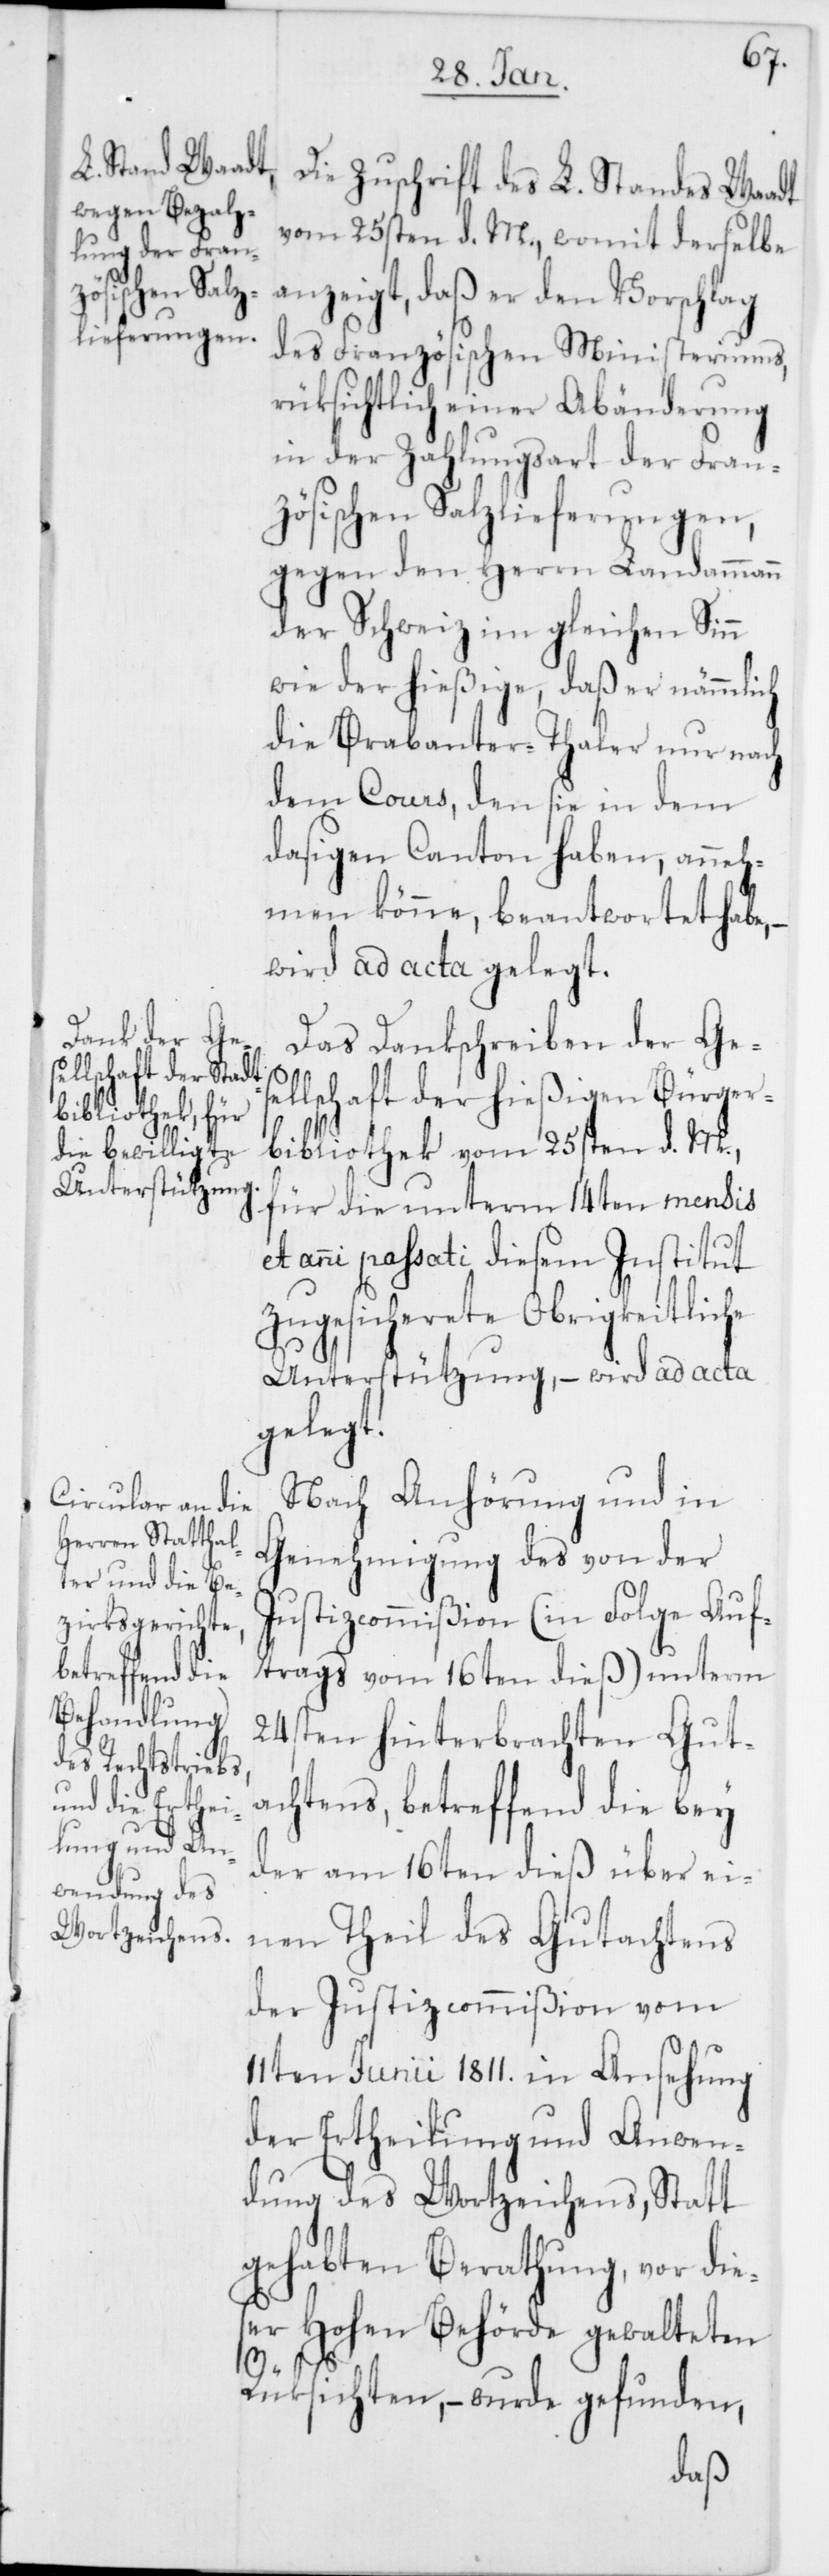
Die Zuschrift des L. Standes Waadt
vom 25sten d. M., womit derselbe
anzeigt, daß er den Vorschlag
des Französischen Ministeriums,
rüksichtlich einer Abänderung
in der Zahlungsart der Fran¬
zösischen Salzlieferungen,
gegen den Herrn Landammann
der Schweiz im gleichen Sinn
wie der hießige, daß er nämmlich
die Brabanter-Thaler nur nach
dem Cours, den sie in dem
dasigen Canton haben, anneh¬
men könne, beantwortet habe,
wird ad acta gelegt.
Das Dankschreiben des Gese¬
llschaft der hießigen Bürger¬
bibliothek vom 25sten d. M.,
für die unterm 14ten mensis
et anni passati diesem Institut
zugesicherete Obrigkeitliche
Unterstützung, – wird ad acta
gelegt.
Nach Anhörung und in
Genehmigung des von der
Justizcommißion (in Folge Auf¬
trags vom 16ten dieß) unterm
24sten hinterbrachten Gut¬
achtens, betreffend die bey
der am 16ten dieß über ei¬
nen Theil des Gutachtens
der Justizcommißion vom
11ten Junii 1811. in Ansehung
der Ertheilung und Anwen¬
dung des Wortzeichens, Statt
gehabten Berathung, vor die¬
ser Hohen Behörde gewalteten
Rüksichten, – wurde gefunden,